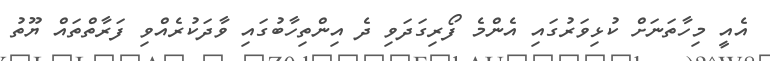
އެއީ މިހާތަނަށް ކުޅިވަރުގައި އެންމެ ފޯރިގަދަވި ދެ އިންތިހާބުގައި ވާދަކުރެއްވި ފަރާތްތައް ޔޫތު